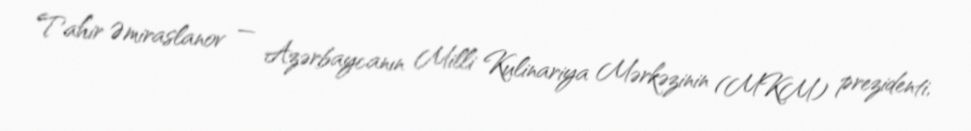
Tahir Əmiraslanov — Azərbaycanın Milli Kulinariya Mərkəzinin (MKM) prezidenti,